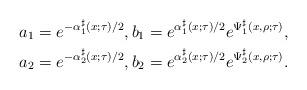
LaTeX: \begin{align*}a_1 &= e^{-\alpha_1^\sharp(x;\tau)/2},b_1 = e^{\alpha_1^\sharp(x;\tau)/2} e^{\Psi^\sharp_1(x, \rho; \tau)},\\a_2 &= e^{-\alpha_2^\sharp(x;\tau)/2},b_2 = e^{\alpha_2^\sharp(x;\tau)/2} e^{\Psi^\sharp_2(x, \rho; \tau)}.\end{align*}